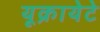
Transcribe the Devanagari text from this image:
यूक्रायेटे